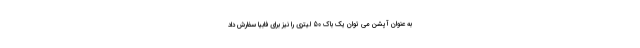
به عنوان آپشن می توان یک باک 50 لیتری را نیز برای فابیا سفارش داد